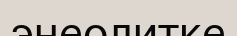
энеолитке